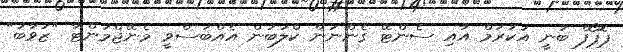
ޕޮޕޯފް ބުނީ އަކުރަމް އާއި ސެންޓޭ ގެންނަން ކްލަބުން އެއްބަސްވީ މެނޭޖްމަންޓާ "ޒުވާބު"